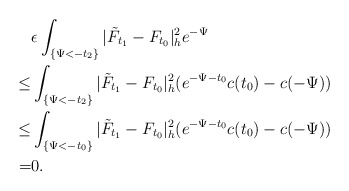
\begin{align*}&\epsilon\int_{\{\Psi<-t_2\}}|\tilde{F}_{t_1}-F_{t_0}|^2_he^{-\Psi}\\\le &\int_{\{\Psi<-t_2\}}|\tilde{F}_{t_1}-F_{t_0}|^2_h(e^{-\Psi-t_0}c(t_0)-c(-\Psi))\\\le &\int_{\{\Psi<-t_0\}}|\tilde{F}_{t_1}-F_{t_0}|^2_h(e^{-\Psi-t_0}c(t_0)-c(-\Psi))\\= &0.\end{align*}